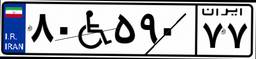
۶۷W۸۲۲۳۴